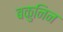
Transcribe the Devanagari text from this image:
बकुनिन